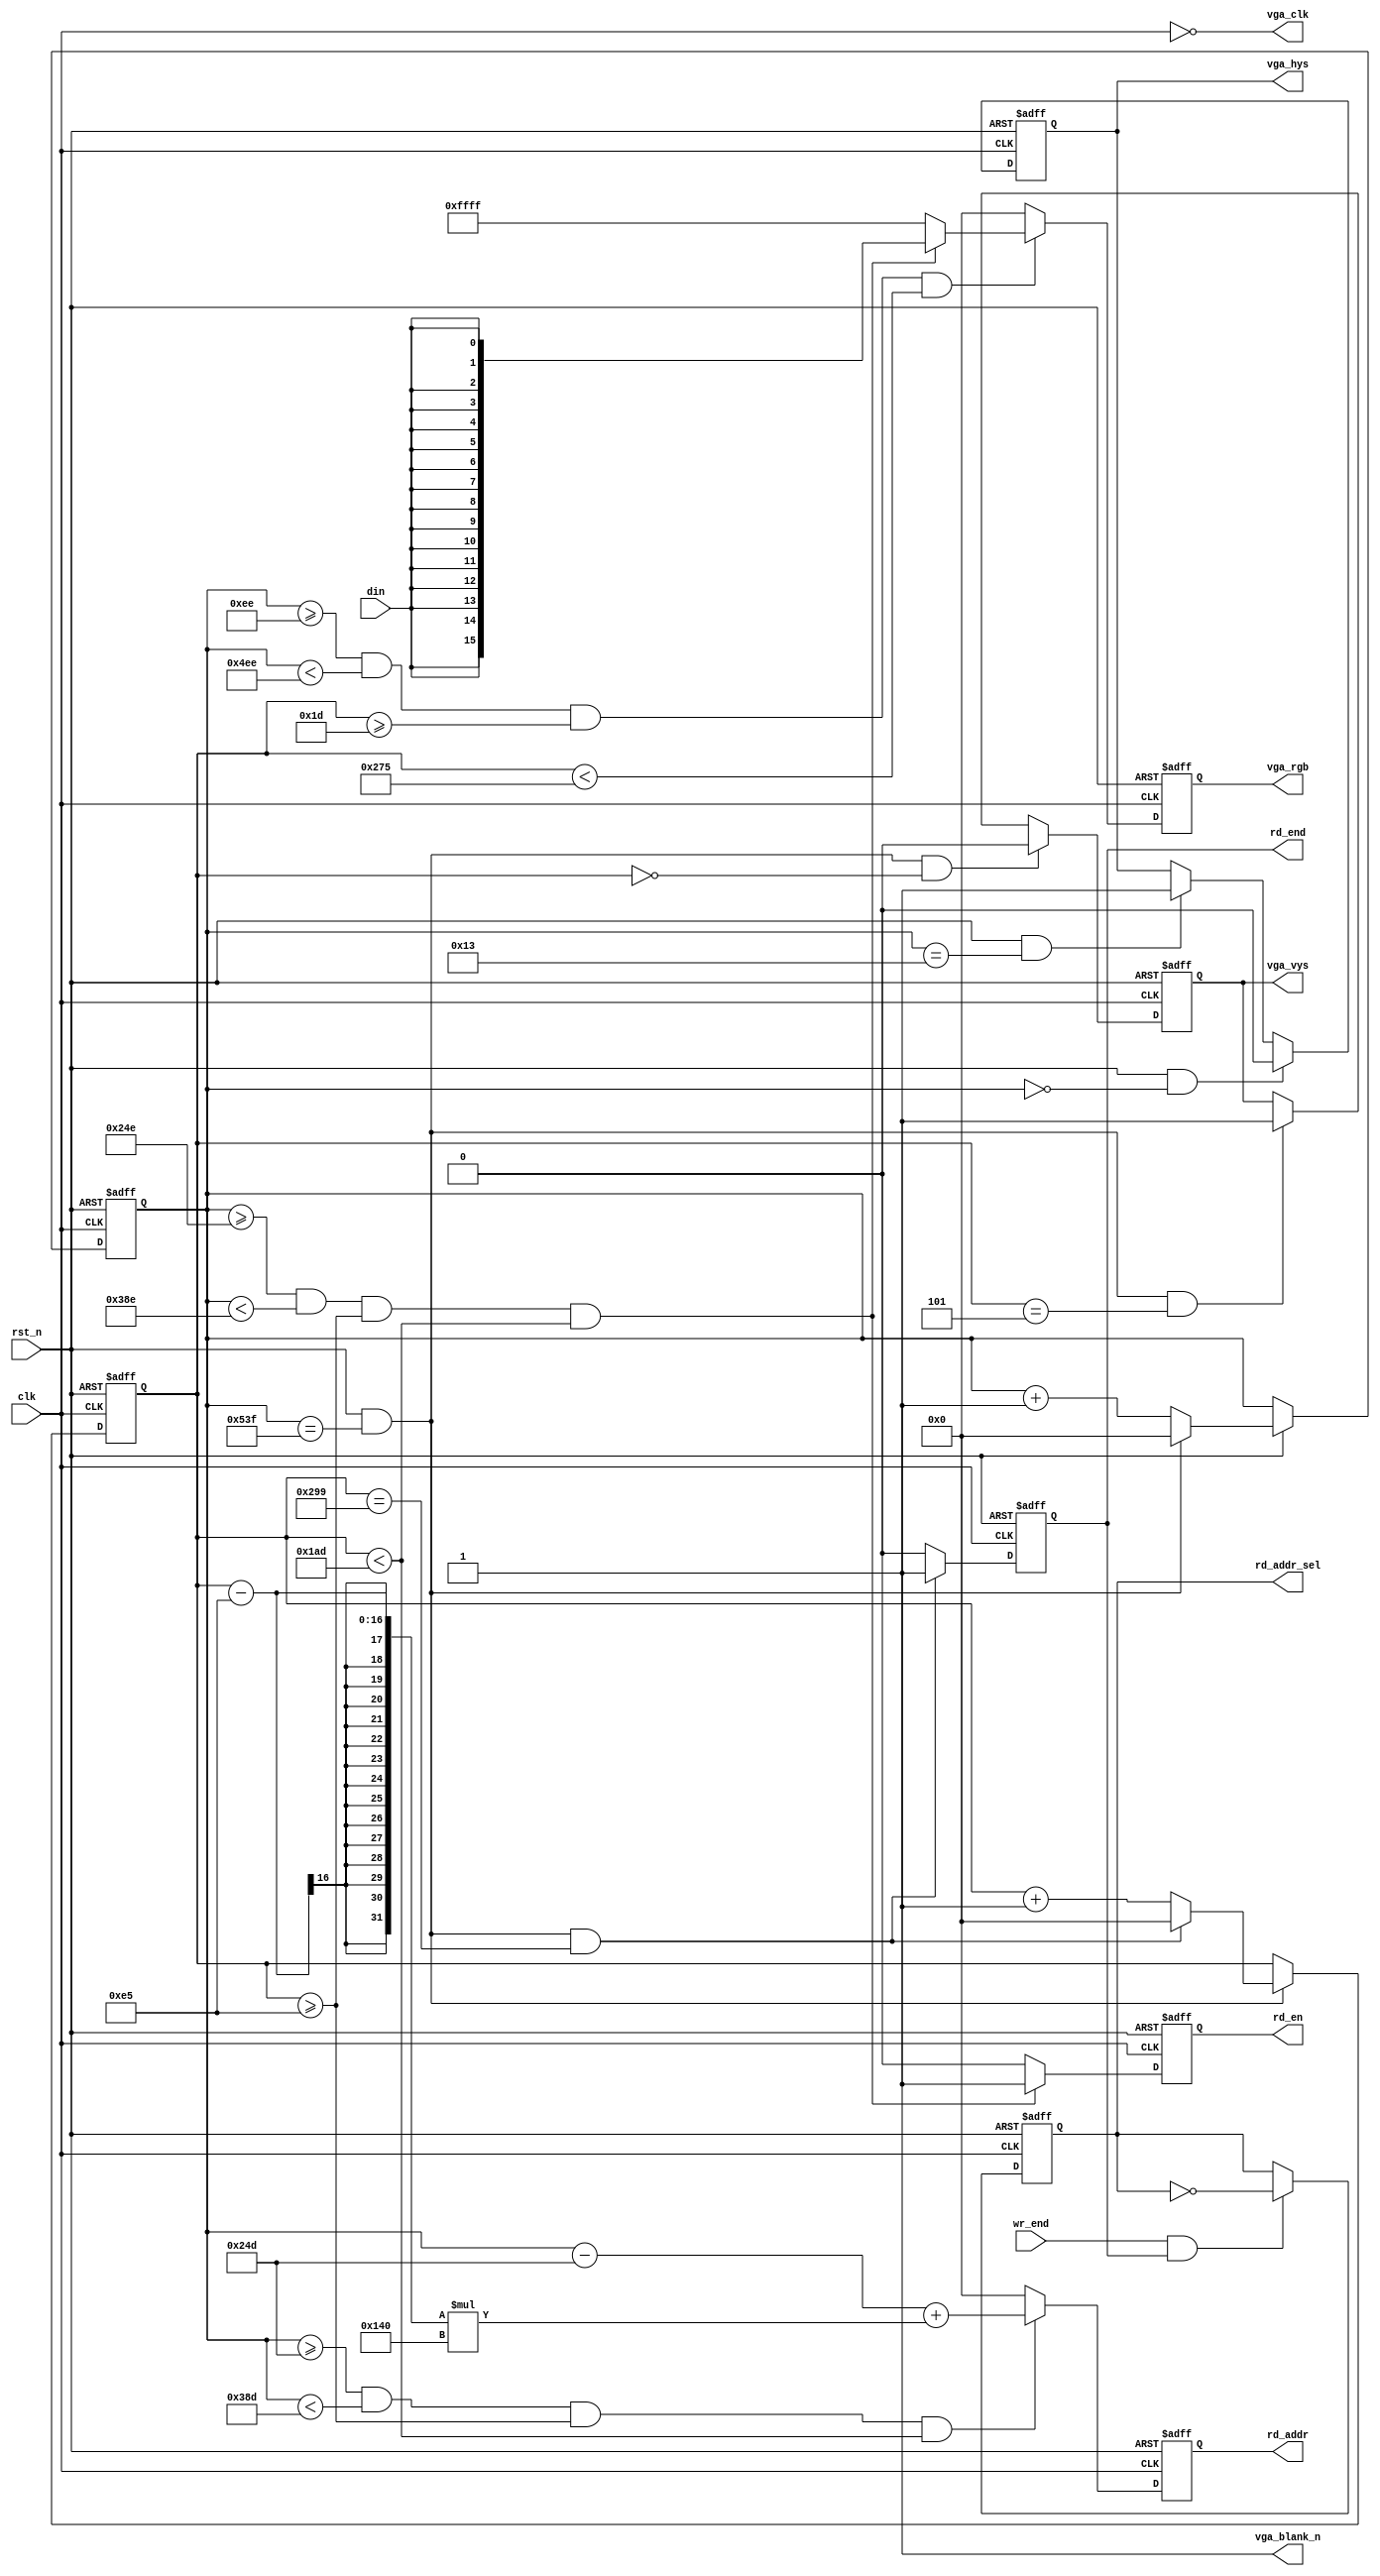
module vga_driver(
    clk         ,
    rst_n       ,
   
    vga_clk     , 
    vga_hys     ,
    vga_vys     ,
    vga_rgb     ,
    vga_blank_n ,
    
    din         ,
    rd_addr     ,
    rd_en       ,

    wr_end      ,
    rd_end      ,
    rd_addr_sel  
);
    parameter       DATA_AHEAD = 1;
    parameter       DATA_W = 16;
    parameter       VGA_WIDTH = 1024;    
    parameter       VGA_HSPW = 20;
    parameter       VGA_HBP = 218;
    parameter       VGA_HFP = 82;
    parameter       VGA_HEIGHT = 600;
    parameter       VGA_VSPW = 6;
    parameter       VGA_VBP = 23;
    parameter       VGA_VFP = 37;
    
    localparam      SHOW_WIDTH = 320;
    localparam      SHOW_HEIGHT = 200;
    localparam      SHOW_START_HORIZON = VGA_HSPW + VGA_HBP + ((VGA_WIDTH - SHOW_WIDTH) / 2);
    localparam      SHOW_START_VERTICAL = VGA_VSPW + VGA_VBP + ((VGA_HEIGHT - SHOW_HEIGHT) / 2);

    input                       clk      ;
    input                       rst_n    ;
   
    
    output                      vga_clk;
    output reg                  vga_hys    ;
    output reg                  vga_vys    ;
    output reg  [DATA_W-1:0]    vga_rgb    ;
    output                      vga_blank_n;
    
    input                       din      ;
    input                       wr_end   ;
    output reg  [15:0]          rd_addr    ;
    output reg                  rd_en      ;
    output reg                  rd_end     ;
    output reg                  rd_addr_sel;
    
    wire                        vga_en;

    reg  [15:0]     cnt0;
    wire            add_cnt0;
    wire            end_cnt0;

    reg  [15:0]     cnt1;
    wire            add_cnt1;
    wire            end_cnt1;


    assign vga_clk = ~clk;
    assign vga_blank_n = 1'b1;

    always @(posedge clk or negedge rst_n)begin
        if(!rst_n)begin
            cnt0 <= 0;
        end
        else if(add_cnt0)begin
            if(end_cnt0)
                cnt0 <= 0;
            else
                cnt0 <= cnt0 + 1;
        end
    end

    assign add_cnt0 = (rst_n == 1'b1);
    assign end_cnt0 = add_cnt0 && cnt0== (VGA_HSPW + VGA_HBP + VGA_WIDTH + VGA_HFP - 1);

    always @(posedge clk or negedge rst_n)begin 
        if(!rst_n)begin
            cnt1 <= 0;
        end
        else if(add_cnt1)begin
            if(end_cnt1)
                cnt1 <= 0;
            else
                cnt1 <= cnt1 + 1;
        end
    end

    assign add_cnt1 = end_cnt0;
    assign end_cnt1 = add_cnt1 && cnt1== (VGA_VSPW + VGA_VBP + VGA_HEIGHT + VGA_VFP - 1);

    always  @(posedge clk or negedge rst_n)begin
        if(rst_n==1'b0)begin
            vga_hys <= 1'b1;
        end
        else if(add_cnt0 && cnt0 == (1 - 1))begin
            vga_hys <= 1'b0;
        end
        else if(add_cnt0 && cnt0 == (VGA_HSPW - 1))begin
            vga_hys <= 1'b1;
        end
    end

    always  @(posedge clk or negedge rst_n)begin
        if(rst_n==1'b0)begin
            vga_vys <= 1'b1;
        end
        else if(add_cnt1 && cnt1 == (1 - 1))begin
            vga_vys <= 1'b0;
        end
        else if(add_cnt1 && cnt1 == (VGA_VSPW - 1))begin
            vga_vys <= 1'b1;
        end
    end


   assign vga_en = cnt0 >= (VGA_HSPW + VGA_HBP) 
                            && cnt0 < (VGA_HSPW + VGA_HBP + VGA_WIDTH)
                            && cnt1 >= (VGA_VSPW + VGA_VBP) 
                            && cnt1 < (VGA_VSPW + VGA_VBP + VGA_HEIGHT);

   assign show_area_en = cnt0 >= SHOW_START_HORIZON && cnt0 < (SHOW_START_HORIZON + SHOW_WIDTH)
                            && cnt1 >= SHOW_START_VERTICAL && cnt1 < (SHOW_START_VERTICAL + SHOW_HEIGHT);
   always  @(posedge clk or negedge rst_n)begin
       if(rst_n==1'b0)begin
           vga_rgb <= {DATA_W{1'b0}};
       end
       else if(vga_en)begin
            if(show_area_en)begin
                vga_rgb <= {16{din}};
            end 
            else begin
                vga_rgb <= 16'hFFFF;
            end
       end
       else begin
           vga_rgb <= {DATA_W{1'b0}};
       end
   end


   always  @(posedge clk or negedge rst_n)begin
        if(rst_n==1'b0)begin
            rd_addr <= 16'h0000;
        end
        else if(cnt0 >= (SHOW_START_HORIZON - DATA_AHEAD)
                && cnt0 < (SHOW_START_HORIZON- DATA_AHEAD + SHOW_WIDTH)
                && cnt1 >= SHOW_START_VERTICAL 
                && cnt1 < (SHOW_START_VERTICAL + SHOW_HEIGHT))begin
            rd_addr <= (cnt0 - (SHOW_START_HORIZON - DATA_AHEAD)) + ((cnt1 - SHOW_START_VERTICAL) * SHOW_WIDTH);
        end
        else begin
            rd_addr <= 16'h0000;
        end
    end

    always  @(posedge clk or negedge rst_n)begin
        if(rst_n==1'b0)begin
            rd_en <= 1'b0;
        end
        else if(show_area_en)begin
            rd_en <= 1'b1;
        end
        else begin
            rd_en <= 1'b0;
        end
    end

    always  @(posedge clk or negedge rst_n)begin
        if(rst_n==1'b0)begin
            rd_end <= 1'b0;
        end
        else if(end_cnt1)begin
            rd_end <= 1'b1;
        end
        else begin
            rd_end <= 1'b0;
        end
    end

    always  @(posedge clk or negedge rst_n)begin
        if(rst_n==1'b0)begin
            rd_addr_sel <= 1'b0;
        end
        else if(wr_end && rd_end)begin
            rd_addr_sel <= ~rd_addr_sel;
        end
    end

endmodule